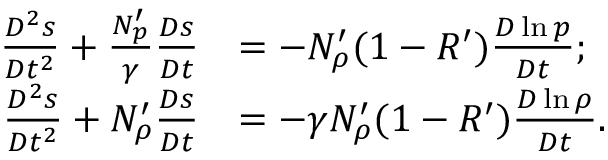
\begin{array} { r l } { \frac { D ^ { 2 } s } { D t ^ { 2 } } + \frac { N _ { p } ^ { \prime } } { \gamma } \frac { D s } { D t } } & { = - N _ { \rho } ^ { \prime } ( 1 - R ^ { \prime } ) \frac { D \ln p } { D t } ; } \\ { \frac { D ^ { 2 } s } { D t ^ { 2 } } + N _ { \rho } ^ { \prime } \frac { D s } { D t } } & { = - \gamma N _ { \rho } ^ { \prime } ( 1 - R ^ { \prime } ) \frac { D \ln \rho } { D t } . } \end{array}